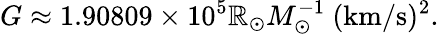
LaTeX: G\approx1.90809\times10^{5}\mathbb{R}_{\odot}M_{\odot}^{-1}\mathrm{{{\ (km/s)^{2}}}}.